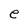
Character: e